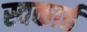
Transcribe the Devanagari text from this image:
स्वकार्ह